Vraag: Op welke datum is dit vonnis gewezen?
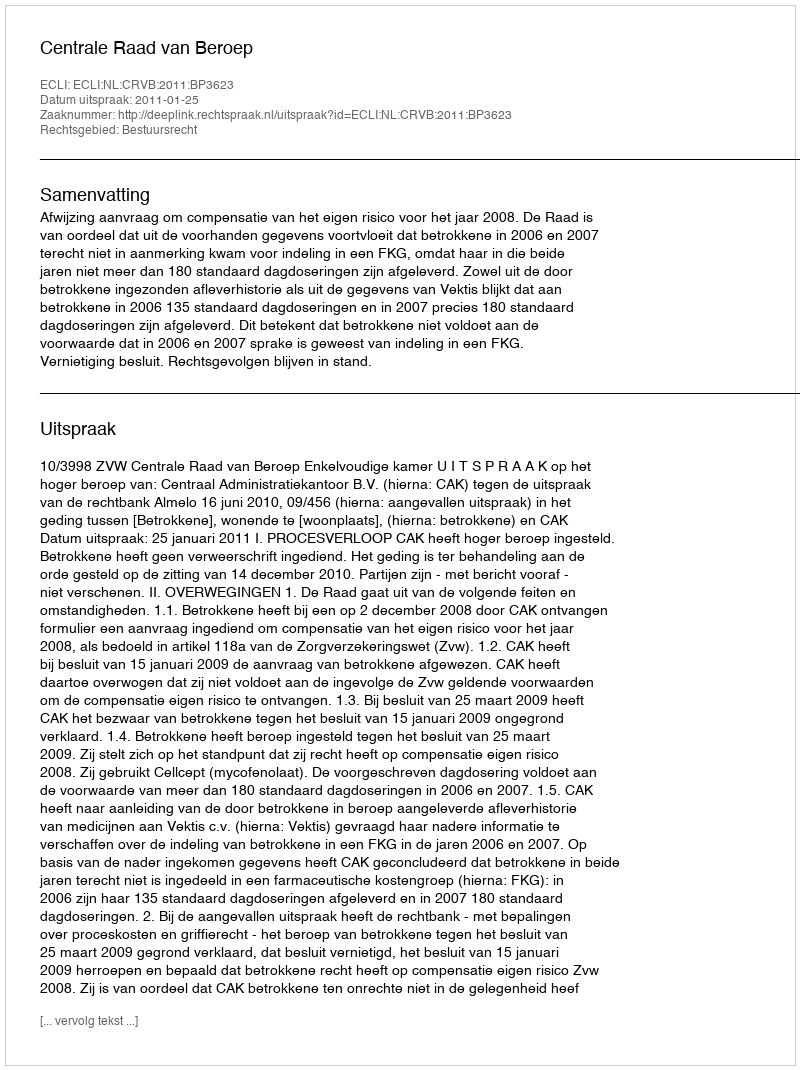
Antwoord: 2011-01-25